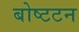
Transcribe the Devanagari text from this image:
बोष्टटन